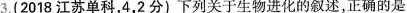
3.（2018江苏单科，4，2分）下列关于生物进化的叙述，正确的是